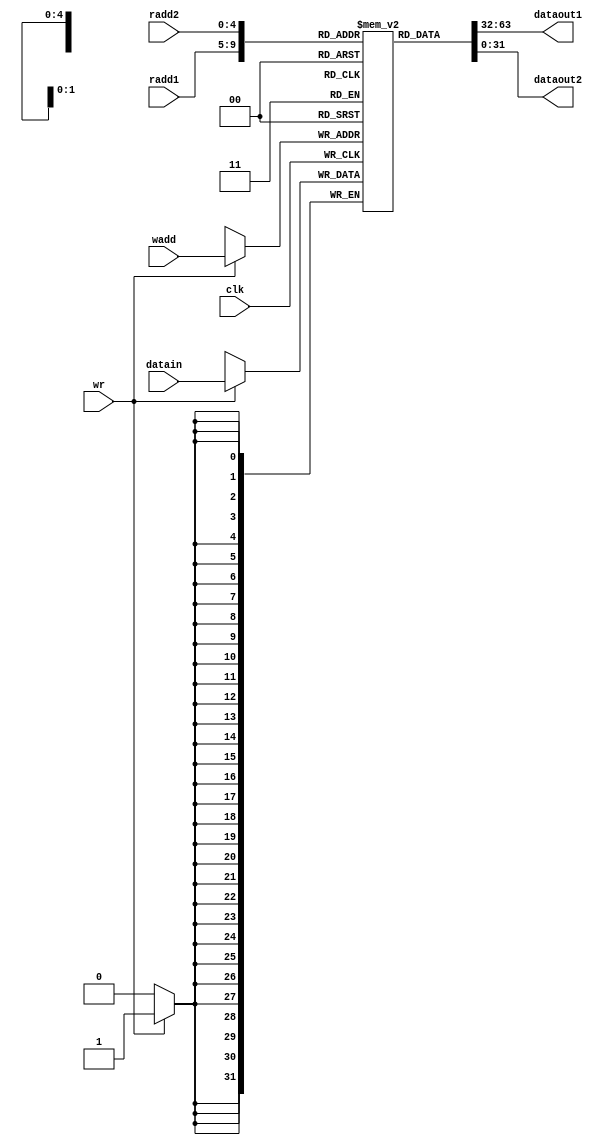
module reg_file(input[4:0]radd1, radd2, wadd, input[31:0]datain, input wr, clk, output [31:0]dataout1, dataout2);
reg[31:0]regs[31:0];
initial
    begin
    regs[0]=32'd1;
    regs[1]=32'd2;
    regs[2]=32'd3;
    regs[3]=32'd4;
    regs[4]=32'd5;
    regs[5]=32'd6;
    regs[6]=32'd7;
    regs[7]=32'd8;
    regs[8]=32'd9;
    regs[9]=32'd10;
    regs[10]=32'd11;
    regs[11]=32'd12;
    regs[12]=32'd13;
    regs[13]=32'd14;
    regs[14]=32'd15;
    regs[15]=32'd16;
    regs[16]=32'd17;
    regs[17]=32'd18;
    regs[18]=32'd19;
    regs[19]=32'd20;
    regs[20]=32'd21;
    regs[21]=32'd22;
    regs[22]=32'd23;
    regs[23]=32'd24;
    regs[24]=32'd25;
    regs[25]=32'd26;
    regs[26]=32'd27;
    regs[27]=32'd28;
    regs[28]=32'd29;
    regs[29]=32'd30;
    regs[30]=32'd31;
    regs[31]=32'd32;
    end
always@(posedge clk)
    if(wr) regs[wadd]=datain;
assign dataout1=regs[radd1];
assign dataout2=regs[radd2];
endmodule